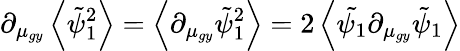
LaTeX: \partial_{\mu_{gy}}\left\langle\tilde{\psi}_{1}^{2}\right\rangle=\left\langle\partial_{\mu_{gy}}\tilde{\psi}_{1}^{2}\right\rangle=2\left\langle\tilde{\psi_{1}}\partial_{\mu_{gy}}\tilde{\psi}_{1}\right\rangle